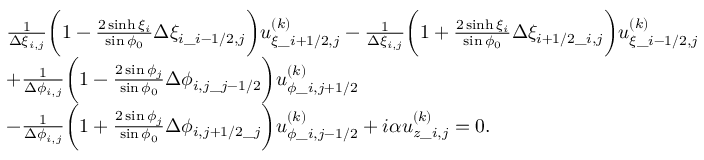
\begin{array} { r l } & { \begin{array} { r l } & { \frac { 1 } { \Delta \xi _ { i , j } } \bigg ( 1 - \frac { 2 \sinh \xi _ { i } } { \sin \phi _ { 0 } } \Delta \xi _ { i \_ i - 1 / 2 , j } \bigg ) u _ { \xi \_ { i + 1 / 2 , j } } ^ { ( k ) } - \frac { 1 } { \Delta \xi _ { i , j } } \bigg ( 1 + \frac { 2 \sinh \xi _ { i } } { \sin \phi _ { 0 } } \Delta \xi _ { i + 1 / 2 \_ i , j } \bigg ) u _ { \xi \_ { i - 1 / 2 , j } } ^ { ( k ) } } \\ & { + \frac { 1 } { \Delta \phi _ { i , j } } \bigg ( 1 - \frac { 2 \sin \phi _ { j } } { \sin \phi _ { 0 } } \Delta \phi _ { i , j \_ j - 1 / 2 } \bigg ) u _ { \phi \_ { i , j + 1 / 2 } } ^ { ( k ) } } \\ & { - \frac { 1 } { \Delta \phi _ { i , j } } \bigg ( 1 + \frac { 2 \sin \phi _ { j } } { \sin \phi _ { 0 } } \Delta \phi _ { i , j + 1 / 2 \_ j } \bigg ) u _ { \phi \_ { i , j - 1 / 2 } } ^ { ( k ) } + i \alpha u _ { z \_ i , j } ^ { ( k ) } = 0 . } \end{array} } \end{array}